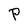
Character: P